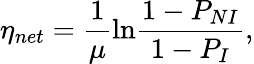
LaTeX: \eta_{net}=\frac{1}{\mu}\mathrm{ln}\frac{1-P_{NI}}{1-P_{I}},